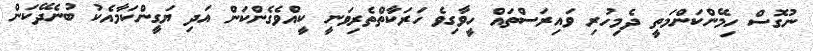
ނުގޮސް ހިމޭންކަންމަތީ ދެމިހުރި ވައިރަސްތައް ހީވާގިވެ ހަރަކާތްތެރިވަނީ ކީއްވެގެންކަން އަދި ޔަގީންކަމާއެކު ބުނެދޭކަން